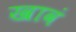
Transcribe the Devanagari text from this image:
खावं